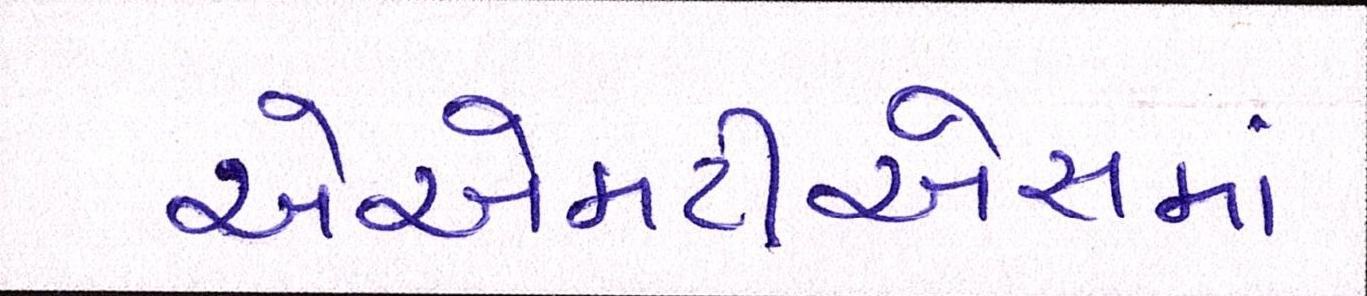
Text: એએમટીએસમાં